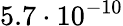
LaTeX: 5.7\cdot 10^{-10}